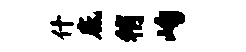
什底稍峋